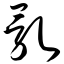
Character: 乳